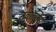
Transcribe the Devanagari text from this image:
नवालिस